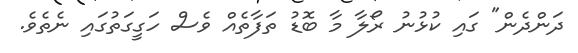
ދަންދެން" ގައި ކުޅުނު ރޯލާ މާ ބޮޑު ތަފާތެއް ވެސް ހަގީގަތުގައި ނެތެވެ.